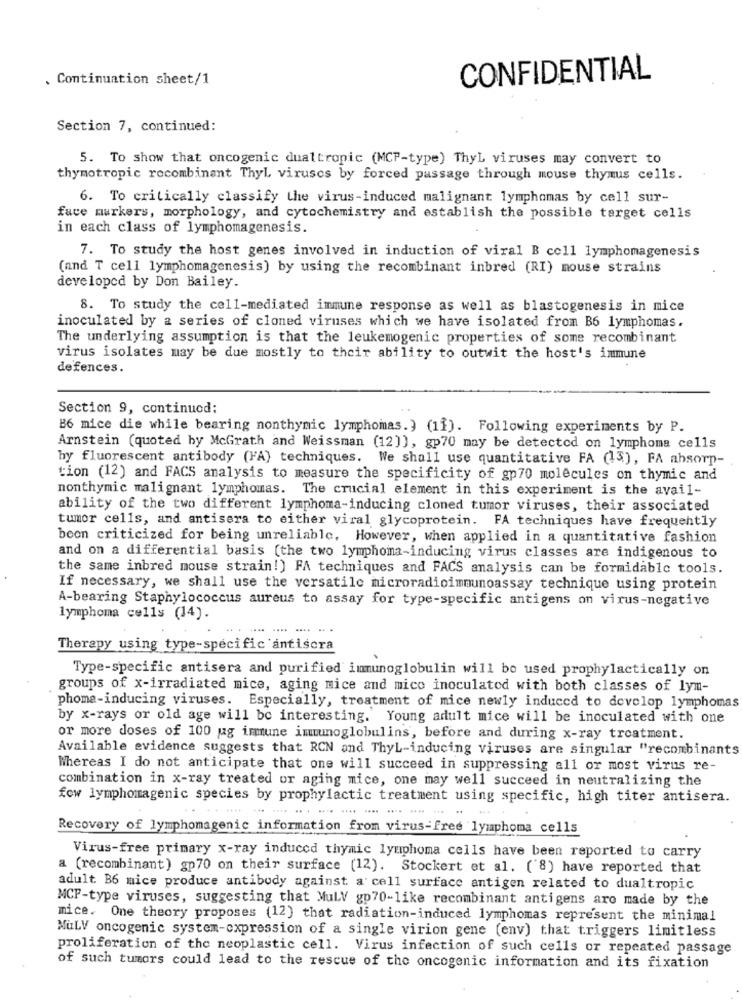
. Continuation sheet/1
CONFIDENTIAL
Section 7, continued:
5. To show that oncogenic dualtropic (MCP-type) ThyL viruses may convert to
thymotropic recombinant Thyl viruses by forced passage through mouse thymus cells.
6. To critically classify the virus-induced malignant lymphomas by cell sur-
face markers, morphology, and cytochemistry and establish the possible target cells
in each class of lymphomagenesis.
7. To study the host genes involved in induction of viral B cell lymphomagenesis
(and T cell lymphomagenesis) by using the recombinant inbred (RI) mouse strains
developed by Don Bailey.
8. To study the cell-mediated immune response as well as blastogenesis in mice
inoculated by a series of cloned viruses which we have isolated from B6 lymphomas.
The underlying assumption is that the leukemogenic properties of some recombinant
virus isolates may be due mostly to their ability to outwit the host's immune
defences.
Section 9, continuod;
B6 mice die while bearing nonthymic lymphomas.) (11). Following experiments by P.
Arnstein (quoted by McGrath and Weissman (12]), gp70 may be detected on lymphoma cells
hy fluorescent antibody (FA) techniques. We shall use quantitative FA (13), FA absorp-
tion (12) and FACS analysis to measure the specificity of gp70 molecules on thymic and
nonthymic malignant lymphomas. The crucial element in this experiment is the avail-
ability of the two different lymphoma-inducing cloned tumor viruses, their associated
tumor cells, and antisera to either viral glycoprotein. FA techniques have frequently
been criticized for being unreliable. However, when applied in a quantitative fashion
and on a differential basis [the two lymphoma-inducing virus classes are indigenous to
the same inbred mouse strain!) FA techniques and FACS analysis can be formidable tools.
If necessary, we shall use the versatile microradioimmunoassay technique using protein
A-bearing Staphylococcus aureus to assay for type-specific antigens on virus-negative
lymphoma cells (14).
-. ..
Therapy using type-specific antiscra
Type-specific antisera and purified immunoglobulin will be used prophylactically on
groups of x-irradiated mice, aging mice and mico inoculated with both classes of lym-
phome-inducing viruses. Especially, treatment of mice newly induced to develop lymphomas
by x-rays or old age will be interesting. Young adult mice will be inoculated with one
or more doses of 100 jag immune immunoglobulins, before and during x-ray treatment.
Available evidence suggests that RCN and ThyL-inducing viruses are singular "recombinants
Whereas I do not anticipate that one will succeed in suppressing all or most virus re-
combination in x-ray treated or aging mice, one may well succeed in neutralizing the
fow lymphomagenic species by prophylactic treatment using specific, high titer antisera.
.....
.---- - - - -
Recovery of lymphomagenic information from virus-free lymphoma cells
Virus-free primary x-ray induced thymic lymphoma cells have been reported to carry
a (recombinant) gp70 on their surface (12). Stockert et al. ( 8) have reported that
adult B6 mice produce antibody against a cell surface antigen related to dualtropic
MCF-type viruses, suggesting that MulV gp70-like recombinant antigens aro made by the
mice. One theory proposes (12) that radiation-induced lymphomas represent the minimal
MuLV oncogenic system-expression of a single virion gene (env) that triggers limitless
proliferation of the neoplastic cell. Virus infection of such cells or repeated passage
of such tumors could lead to the rescue of the oncogenic information and its fixation